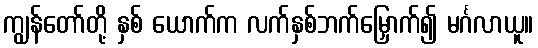
ကျွန်တော်တို့ နှစ် ယောက်က လက်နှစ်ဘက်မြှောက်၍ မင်္ဂလာယူ။